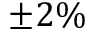
\pm 2 \%